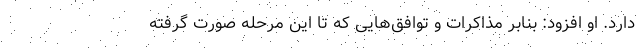
دارد. او افزود: بنابر مذاکرات و توافق‌هایی که تا این مرحله صورت گرفته